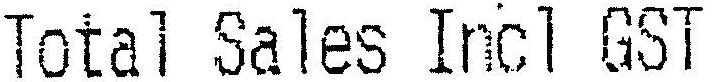
TOTAL SALES INCL GST